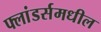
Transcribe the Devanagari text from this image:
फ्लांडर्समधील